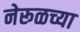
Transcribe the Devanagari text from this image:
नेरूळच्या